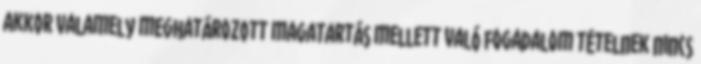
akkor valamely meghatározott magatartás mellett való fogadalom tételnek nincs